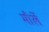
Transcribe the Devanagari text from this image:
मौर्ले